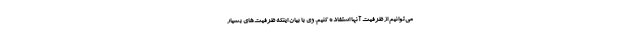
می‌توانیم از ظرفیت آنها استفاده کنیم. وی با بیان اینکه ظرفیت‌های بسیار